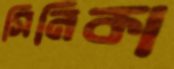
সিনিকা